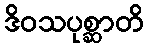
ဒိဝသပုစ္ဆာတိ